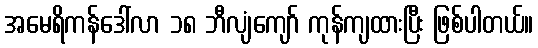
အမေရိကန်ဒေါ်လာ ၁၈ ဘီလျံကျော် ကုန်ကျထားပြီး ဖြစ်ပါတယ်။